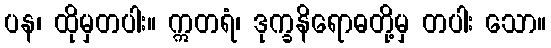
ပန၊ ထိုမှတပါး။ ဣတရံ၊ ဒုက္ခနိရောဓတို့မှ တပါး သော။